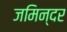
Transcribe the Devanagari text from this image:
जमिन्दर